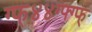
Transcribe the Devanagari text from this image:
ग्फ्४४ग्फ्ग्फ्